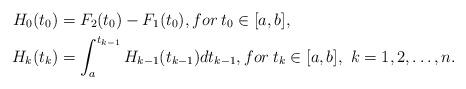
LaTeX: \begin{align*}H_0(t_0)&=F_2(t_0)-F_1(t_0), for\: t_0\in [a,b],\\H_{k}(t_k)&=\int_a^{t_{k-1}}H_{k-1}(t_{k-1})dt_{k-1},for\: t_{k}\in [a,b], \ k=1,2,\ldots ,n.\end{align*}